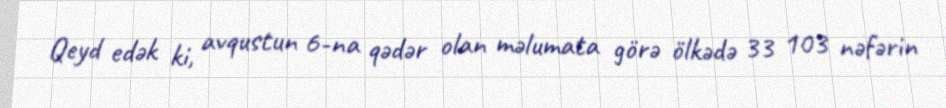
Qeyd edək ki, avqustun 6-na qədər olan məlumata görə ölkədə 33 103 nəfərin